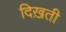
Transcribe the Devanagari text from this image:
दिख़ती